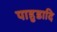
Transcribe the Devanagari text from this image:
पाहुडादि